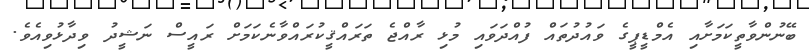
ބޭނުންވާތީކަމަށާއި އެމްޑީޕީގެ ވައުދުތައް ފުއްދަވައި މުޅި ރާއްޖެ ތަރައްޤީކުރައްވާނެކަމަށް ރައީސް ނަޝީދު ވިދާޅުވިއެވެ.